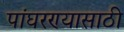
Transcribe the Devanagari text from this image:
पांघरण्यासाठी